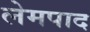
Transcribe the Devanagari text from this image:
लेमपाद